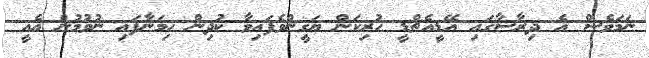
ނަމަވެސް އެ ދިރާސާގައި އޭޑީއެޗްޑީ ހުރިކަން ޔަގީންވެފައިވާ ކުދިން ހިމަނާފައި ނުވުމުން އެއީ